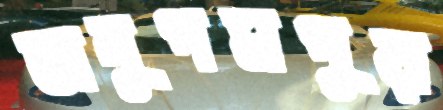
অনুপমপুর